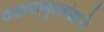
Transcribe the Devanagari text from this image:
काव्यगुच्छांमध्ये